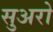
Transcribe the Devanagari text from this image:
सुअरो